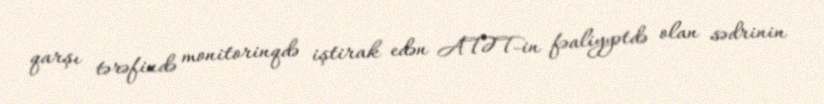
qarşı tərəfində monitorinqdə iştirak edən ATƏT-in fəaliyyətdə olan sədrinin